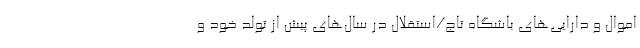
اموال و دارایی‌های باشگاه تاج/استقلال در سال‌های پیش از تولد خود و